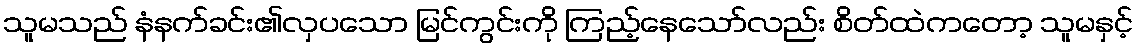
သူမသည် နံနက်ခင်း၏လှပသော မြင်ကွင်းကို ကြည့်နေသော်လည်း စိတ်ထဲကတော့ သူမနှင့်